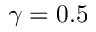
\gamma = 0 . 5